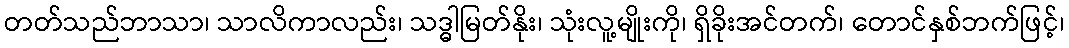
တတ်သည်ဘာသာ၊ သာလိကာလည်း၊ သဒ္ဓါမြတ်နိုး၊ သုံးလူ့မျိုးကို၊ ရှိခိုးအင်တက်၊ တောင်နှစ်ဘက်ဖြင့်၊